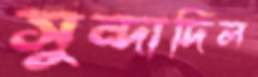
সুন্দাদিল